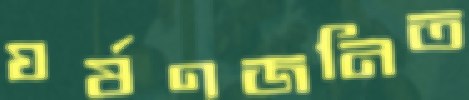
ঘর্ষণজনিত